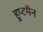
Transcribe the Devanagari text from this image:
हुप्टमैन